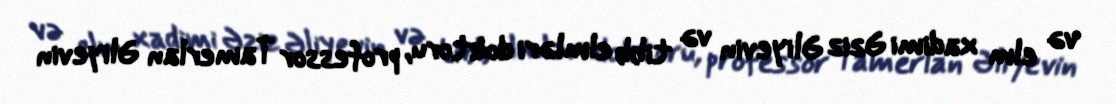
və elm xadimi Əziz Əliyevin və tibb elmləri doktoru, professor Tamerlan Əliyevin